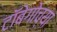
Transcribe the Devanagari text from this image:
टॉबेगोच्या